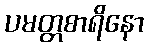
ပမတ္တစာရိနော